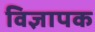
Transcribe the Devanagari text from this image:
विज्ञापक